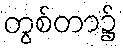
တွစ်တာ၌